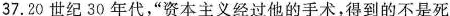
37.20世纪30年代”资本主义经过他的手术，得到的不是死